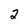
Character: 2